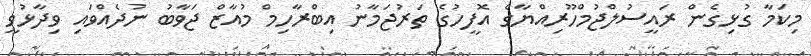
މިކަމާ ގުޅިގެން ރައީސުލްޖުމްހޫރިއްޔާގެ އޮފީހުގެ ތަރުޖަމާނު އިބްރާހިމް މުއާޒް ޖަވާބު ނުދެއްވައި ވިދާޅުވީ